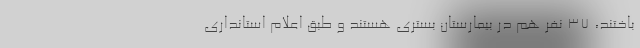
باختند، ۳۷ نفر هم در بیمارستان بستری هستند و طبق اعلام استانداری